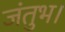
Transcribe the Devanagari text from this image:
जंतुभ।